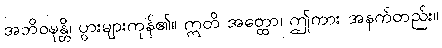
အဘိဝဍ္ဎန္တိ၊ ပွားများကုန်၏။ ဣတိ အတ္ထော၊ ဤကား အနက်တည်း။